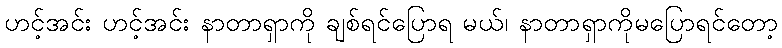
ဟင့်အင်း ဟင့်အင်း နာတာရှာကို ချစ်ရင်ပြောရ မယ်၊ နာတာရှာကိုမပြောရင်တော့